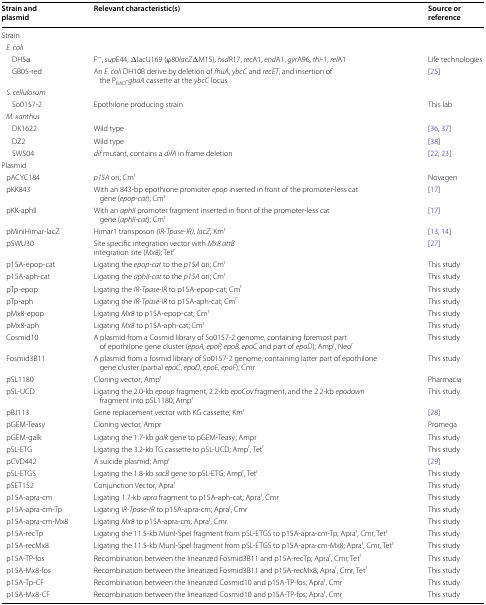
<table><thead><tr><td><b>Strain and plasmid</b></td><td><b>Relevant characteristic(s)</b></td><td><b>Source or reference</b></td></tr></thead><tbody><tr><td colspan="3">Strain</td></tr><tr><td colspan="3"> <i>E. coli</i></td></tr><tr><td>DH5α</td><td>F<sup>−</sup>, <i>sup</i>E44, ΔlacU169 (φ80<i>lacZ</i>ΔM15), <i>hsd</i>R17, <i>rec</i>A1, <i>end</i>A1, <i>gyr</i>A96, <i>thi</i>-1, <i>rel</i>A1</td><td>Life technologies</td></tr><tr><td>GB05-red</td><td>An <i>E. coli</i> DH10B derive by deletion of <i>fhuA</i>, <i>ybcC</i> and <i>recET</i>, and insertion of the P<sub>BAD</sub>-<i>gbaA</i> cassette at the <i>ybcC</i> locus</td><td>[25]</td></tr><tr><td colspan="3"> <i>S. cellulosum</i></td></tr><tr><td>So0157-2</td><td>Epothilone producing strain</td><td>This lab</td></tr><tr><td colspan="3"> <i>M. xanthus</i></td></tr><tr><td>DK1622</td><td>Wild type</td><td>[36, 37]</td></tr><tr><td>DZ2</td><td>Wild type</td><td>[38]</td></tr><tr><td>SW504</td><td><i>dif</i> mutant, contains a <i>difA</i> in frame deletion</td><td>[22, 23]</td></tr><tr><td colspan="3">Plasmid</td></tr><tr><td> pACYC184</td><td><i>p15A</i> ori; Cm<sup>r</sup></td><td>Novagen</td></tr><tr><td> pKK843</td><td>With an 843-bp epothione promoter <i>epop</i> inserted in front of the promoter-less cat gene (<i>epop</i>-<i>cat</i>); Cm<sup>r</sup></td><td>[17]</td></tr><tr><td> pKK-aphII</td><td>With an <i>aphII</i> promoter fragment inserted in front of the promoter-less cat gene (<i>aphII</i>-<i>cat</i>); Cm<sup>r</sup></td><td>[17]</td></tr><tr><td> pMiniHimar-lacZ</td><td>Himar1 transposon <i>(IR</i>-<i>Tpase</i>-<i>IR)</i>, <i>lacZ</i>; Km<sup>r</sup></td><td>[13, 14]</td></tr><tr><td> pSWU30</td><td>Site specific integration vector with <i>Mx8 attB</i>integration site (<i>Mx8)</i>; Tet<sup>r</sup></td><td>[27]</td></tr><tr><td> p15A-epop-cat</td><td>Ligating the <i>epop</i>-<i>cat</i> to the <i>p15A</i> ori; Cm<sup>r</sup></td><td>This study</td></tr><tr><td> p15A-aph-cat</td><td>Ligating the <i>aphII</i>-<i>cat</i> to the <i>p15A</i> ori; Cm<sup>r</sup></td><td>This study</td></tr><tr><td> pTp-epop</td><td>Ligating the <i>IR</i>-<i>Tpase</i>-<i>IR</i> to p15A-epop-cat; Cm<sup>r</sup></td><td>This study</td></tr><tr><td> pTp-aph</td><td>Ligating the <i>IR</i>-<i>Tpase</i>-<i>IR</i> to p15A-aph-cat; Cm<sup>r</sup></td><td>This study</td></tr><tr><td> pMx8-epop</td><td>Ligating <i>Mx8</i> to p15A-epop-cat; Cm<sup>r</sup></td><td>This study</td></tr><tr><td> pMx8-aph</td><td>Ligating <i>Mx8</i> to p15A-aph-cat; Cm<sup>r</sup></td><td>This study</td></tr><tr><td> Cosmid10</td><td>A plasmid from a Cosmid library of So0157-2 genome, containing foremost part of epothilone gene cluster (<i>epoA, epoP, epoB, epoC</i> and part of <i>epoD</i>); Amp<sup>r</sup>, Neo<sup>r</sup></td><td>This study</td></tr><tr><td> Fosmid3B11</td><td>A plasmid from a fosmid library of So0157-2 genome, containing latter part of epothilone gene cluster (partial <i>epoC</i>, <i>epoD</i>, <i>epoE</i>, <i>epoF</i>); Cmr</td><td>This study</td></tr><tr><td> pSL1180</td><td>Cloning vector; Amp<sup>r</sup></td><td>Pharmacia</td></tr><tr><td> pSL-UCD</td><td>Ligating the 2.0-kb <i>epoup</i> fragment, 2.2-kb <i>epoCov</i> fragment, and the 2.2-kb <i>epodown</i> fragment into pSL1180; Amp<sup>r</sup></td><td>This study</td></tr><tr><td> pBJ113</td><td>Gene replacement vector with KG cassette; Km<sup>r</sup></td><td>[28]</td></tr><tr><td> pGEM-Teasy</td><td>Cloning vector, Ampr</td><td>Promega</td></tr><tr><td> pGEM-galk</td><td>Ligating the 1.7-kb <i>galk</i> gene to pGEM-Teasy; Ampr</td><td>This study</td></tr><tr><td> pSL-ETG</td><td>Ligating the 3.2-kb TG cassette to pSL-UCD; Amp<sup>r</sup>, Tet<sup>r</sup></td><td>This study</td></tr><tr><td> pCVD442</td><td>A suicide plasmid; Amp<sup>r</sup></td><td>[29]</td></tr><tr><td> pSL-ETGS</td><td>Ligating the 1.8-kb <i>sacB</i> gene to pSL-ETG; Amp<sup>r</sup>, Tet<sup>r</sup></td><td>This study</td></tr><tr><td> pSET152</td><td>Conjunction Vector; Apra<sup>r</sup></td><td>This study</td></tr><tr><td> p15A-apra-cm</td><td>Ligating 1.7-kb <i>apra</i> fragment to p15A-aph-cat; Apra<sup>r</sup>, Cmr</td><td>This study</td></tr><tr><td> p15A-apra-cm-Tp</td><td>Ligating <i>IR</i>-<i>Tpase</i>-<i>IR</i> to p15A-apra-cm; Apra<sup>r</sup>, Cmr</td><td>This study</td></tr><tr><td> p15A-apra-cm-Mx8</td><td>Ligating <i>Mx8</i> to p15A-apra-cm; Apra<sup>r</sup>, Cmr</td><td>This study</td></tr><tr><td> p15A-recTp</td><td>Ligating the 11.5-kb MunI-SpeI fragment from pSL-ETGS to p15A-apra-cm-Tp; Apra<sup>r</sup>, Cmr, Tet<sup>r</sup></td><td>This study</td></tr><tr><td> p15A-recMx8</td><td>Ligating the 11.5-kb MunI-SpeI fragment from pSL-ETGS to p15A-apra-cm-Mx8; Apra<sup>r</sup>, Cmr, Tet<sup>r</sup></td><td>This study</td></tr><tr><td> p15A-TP-fos</td><td>Recombination between the linearized Fosmid3B11 and p15A-recTp; Apra<sup>r</sup>, Cmr, Tet<sup>r</sup></td><td>This study</td></tr><tr><td> p15A-Mx8-fos</td><td>Recombination between the linearized Fosmid3B11 and p15A-recMx8; Apra<sup>r</sup>, Cmr, Tet<sup>r</sup></td><td>This study</td></tr><tr><td> p15A-Tp-CF</td><td>Recombination between the linearized Cosmid10 and p15A-TP-fos; Apra<sup>r</sup>, Cmr</td><td>This study</td></tr><tr><td> p15A-Mx8-CF</td><td>Recombination between the linearized Cosmid10 and p15A-TP-fos; Apra<sup>r</sup>, Cmr</td><td>This study</td></tr></tbody></table>